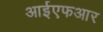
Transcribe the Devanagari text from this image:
आईएफआर